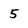
Character: 5